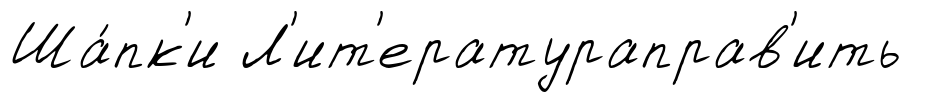
Ша́пк'и Л'ит'ератураправ'ить